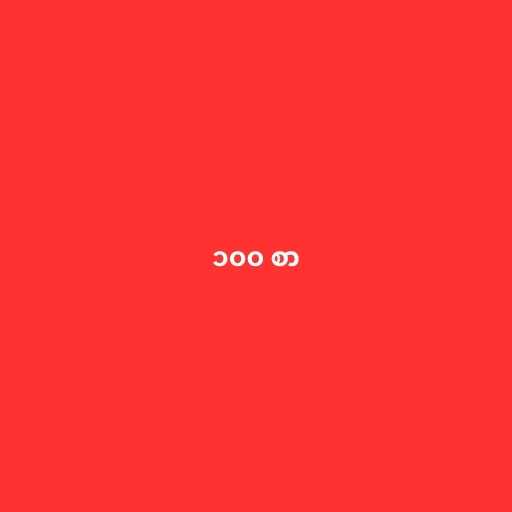
၁၀၀ စာ